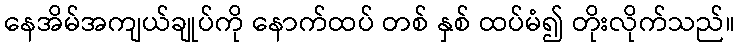
နေအိမ်အကျယ်ချုပ်ကို နောက်ထပ် တစ် နှစ် ထပ်မံ၍ တိုးလိုက်သည်။